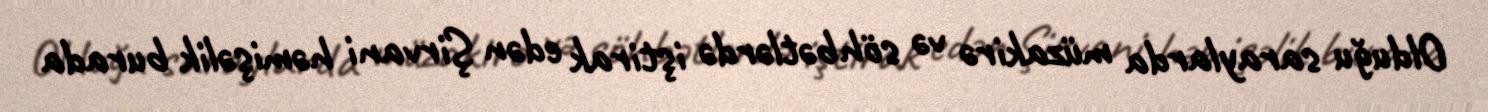
Olduğu saraylarda müzakirə və söhbətlərdə iştirak edən Şirvani həmişəlik burada